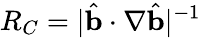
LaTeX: R_{C}=|\hat{\mathbf b}\cdot\nabla\hat{\mathbf b}|^{-1}